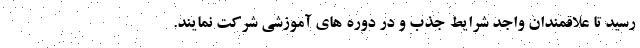
رسید تا علاقمندان واجد شرایط جذب و در دوره های آموزشی شرکت نمایند.